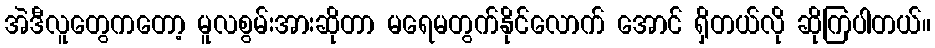
အဲဒီလူတွေကတော့ မူလစွမ်းအားဆိုတာ မရေမတွက်နိုင်လောက် အောင် ရှိတယ်လို ဆိုကြပါတယ်။